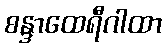
စန္ဒာထေရီဂါထာ